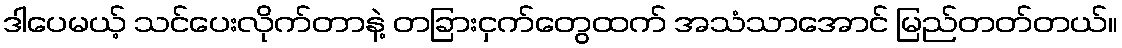
ဒါပေမယ့် သင်ပေးလိုက်တာနဲ့ တခြားငှက်တွေထက် အသံသာအောင် မြည်တတ်တယ်။